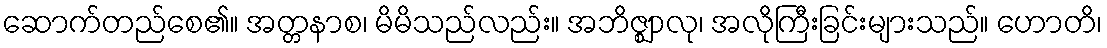
ဆောက်တည်စေ၏။ အတ္တနာစ၊ မိမိသည်လည်း။ အဘိဇ္ဈာလု၊ အလိုကြီးခြင်းများသည်။ ဟောတိ၊